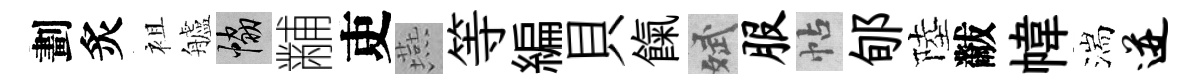
劃炙袓艫協黼吏燕等編貝餼斌服帖郇陸黻幃湍迸